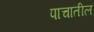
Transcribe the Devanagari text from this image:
पाचातील